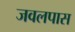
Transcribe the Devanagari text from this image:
जवलपास